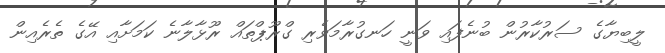
ލީބިޔާގެ ސަރުކާރުން ބުނެފައި ވަނީ ހަނގުރާމަވެރި ގްރޫޕްތައް ރޫޅާލާނެ ކަމަށާއި އޭގެ ތެރެއިން